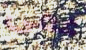
عمى